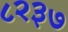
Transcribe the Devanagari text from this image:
८२३७